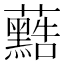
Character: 𮓐